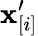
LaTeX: \mathbf{x}_{[i]}^{\prime}